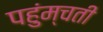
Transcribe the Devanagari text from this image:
पहुंम्चती